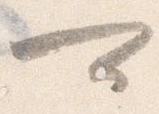
可